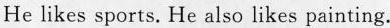
He likes sports. He also likes painting.